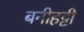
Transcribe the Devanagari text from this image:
बनीहट्टी